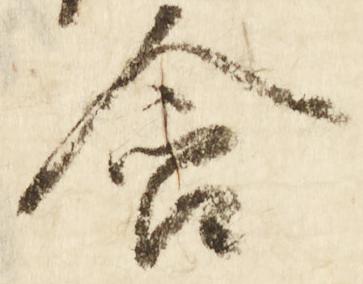
含